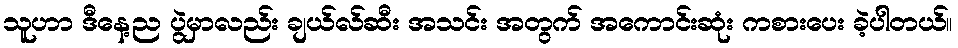
သူဟာ ဒီနေ့ည ပွဲမှာလည်း ချယ်လ်ဆီး အသင်း အတွက် အကောင်းဆုံး ကစားပေး ခဲ့ပါတယ်။